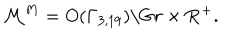
{ \cal M } ^ { M } = O ( \Gamma _ { 3 , 1 9 } ) \backslash G r \times { \bf R } ^ { + } .